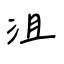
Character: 沮